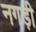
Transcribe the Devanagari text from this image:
नगड़ी